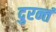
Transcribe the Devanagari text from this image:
दुरन्तं